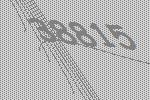
38815